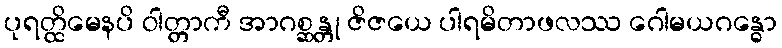
ပုရတ္ထိမေနပိ ဝါတ္တာကီ အာဂစ္ဆန္တု ဇိဇယေ ပါရမိတာဖလဿ ဂေါမယဂန္ဓော